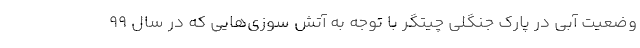
وضعیت آبی در پارک جنگلی چیتگر با توجه به آتش سوزی‌هایی که در سال ۹۹